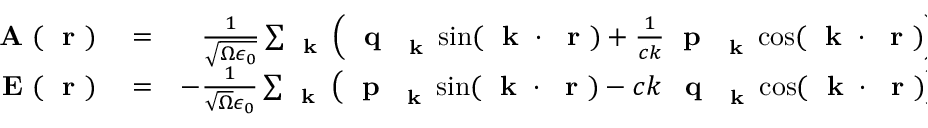
\begin{array} { r l r } { \mathrm { ~ \bf ~ A ~ } ( \mathrm { ~ \bf ~ r ~ } ) } & { { } = } & { \frac { 1 } { \sqrt { \Omega \epsilon _ { 0 } } } \sum _ { \mathrm { ~ \bf ~ k ~ } } \left( \mathrm { ~ \bf ~ q ~ } _ { \mathrm { ~ \bf ~ k ~ } } \sin ( \mathrm { ~ \bf ~ k ~ } \cdot \mathrm { ~ \bf ~ r ~ } ) + \frac { 1 } { c k } \mathrm { ~ \bf ~ p ~ } _ { \mathrm { ~ \bf ~ k ~ } } \cos ( \mathrm { ~ \bf ~ k ~ } \cdot \mathrm { ~ \bf ~ r ~ } ) \right) } \\ { \mathrm { ~ \bf ~ E ~ } ( \mathrm { ~ \bf ~ r ~ } ) } & { { } = } & { - \frac { 1 } { \sqrt { \Omega } \epsilon _ { 0 } } \sum _ { \mathrm { ~ \bf ~ k ~ } } \left( \mathrm { ~ \bf ~ p ~ } _ { \mathrm { ~ \bf ~ k ~ } } \sin ( \mathrm { ~ \bf ~ k ~ } \cdot \mathrm { ~ \bf ~ r ~ } ) - c k \, \mathrm { ~ \bf ~ q ~ } _ { \mathrm { ~ \bf ~ k ~ } } \cos ( \mathrm { ~ \bf ~ k ~ } \cdot \mathrm { ~ \bf ~ r ~ } ) \right) } \end{array}